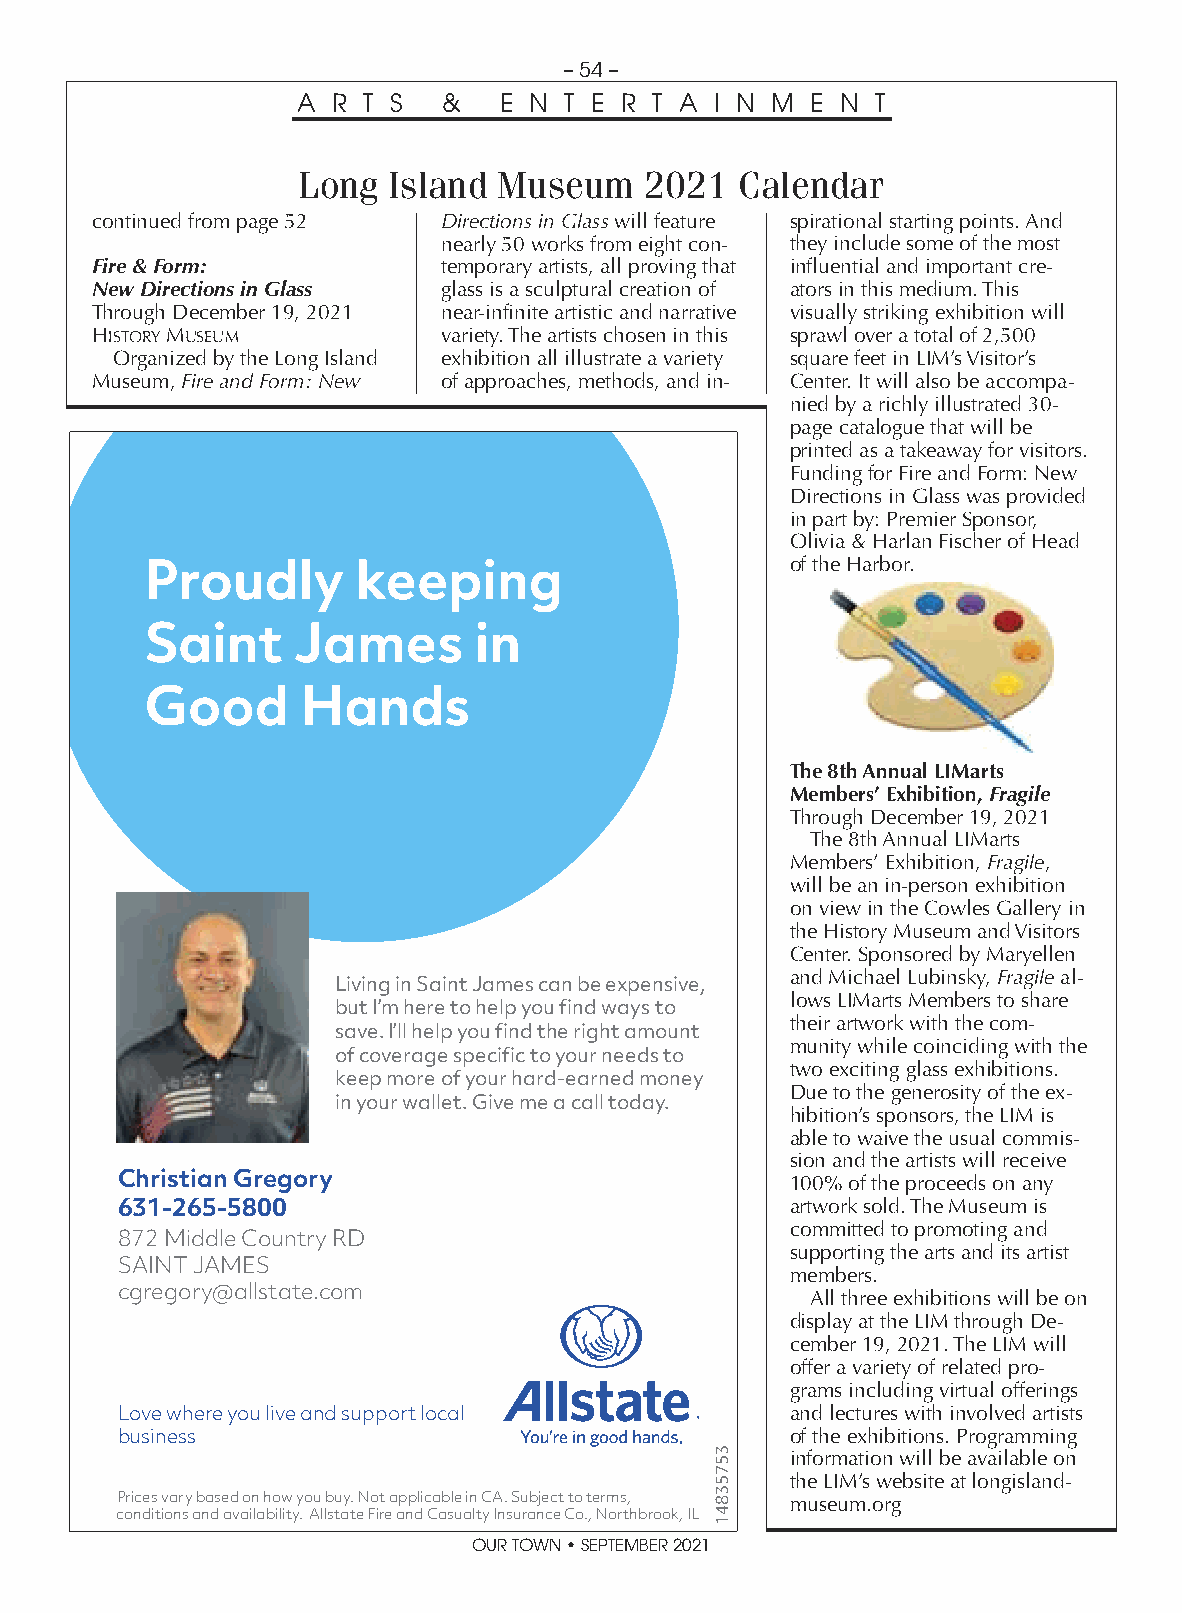
– 54 –
 A R T S  &   E N T E R T A I N M  E N T
 Long  Island Museum    2021  Calendar
 continued from page 52 Directions in Glass will feature spirational starting points. And
 nearly 50 works from eight con- they include some of the most
 Fire & Form:           temporary artists, all proving that influential and important cre-
 New Directions in Glass glass is a sculptural creation of ators in this medium. This
 Through December 19, 2021 near-infinite artistic and narrative visually striking exhibition will
 HISTORY MUSEUM         variety. The artists chosen in this sprawl over a total of 2,500
 Organized by the Long Island exhibition all illustrate a variety square feet in LIM’s Visitor’s
 Museum, Fire and Form: New of approaches, methods, and in- Center. It will also be accompa-
 nied by a richly illustrated 30-
 page catalogue that will be
 printed as a takeaway for visitors.
 Funding for Fire and Form: New
 Directions in Glass was provided
 in part by: Premier Sponsor,
 Olivia & Harlan Fischer of Head
 Proudly       keeping                     of the Harbor.
 Saint    James       in
 Good      Hands
 The 8th Annual LIMarts
 Members’ Exhibition, Fragile
 Through December 19, 2021
 The 8th Annual LIMarts
 Members’ Exhibition, Fragile,
 will be an in-person exhibition
 on view in the Cowles Gallery in
 the History Museum and Visitors
 Center. Sponsored by Maryellen
 and Michael Lubinsky, Fragile al-
 Living in Saint James can be expensive,
 lows LIMarts Members to share
 but I’m here to help you find ways to
 their artwork with the com-
 save. I’ll help you find the right amount
 munity while coinciding with the
 of coverage specific to your needs to
 two exciting glass exhibitions.
 keep more of your hard-earned money
 Due to the generosity of the ex-
 in your wallet. Give me a call today.
 hibition’s sponsors, the LIM is
 able to waive the usual commis-
 sion and the artists will receive
 Christian Gregory                           100% of the proceeds on any
 631-265-5800                                artwork sold. The Museum is
 committed to promoting and
 872 Middle Country RD
 supporting the arts and its artist
 SAINT JAMES
 members.
 cgregory@allstate.com
 All three exhibitions will be on
 display at the LIM through De-
 cember 19, 2021. The LIM will
 offer a variety of related pro-
 grams including virtual offerings
 Love where you live and support local       and lectures with involved artists
 business                                    of the exhibitions. Programming
 information will be available on
 the LIM’s website at longisland-
 Prices vary based on how you buy. Not applicable in CA. Subject to terms, museum.org
 conditions and availability. Allstate Fire and Casualty Insurance Co., Northbrook, IL
 OUR TOWN • SEPTEMBER 2021
 35753841